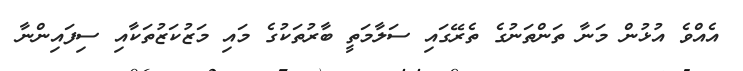
އެއްވެ އުޅުން މަނާ ތަންތަނުގެ ތެރޭގައި ސަލާމަތީ ބާރުތަކުގެ މައި މަޒުކަޒުތަކާއި ސިފައިންނާ